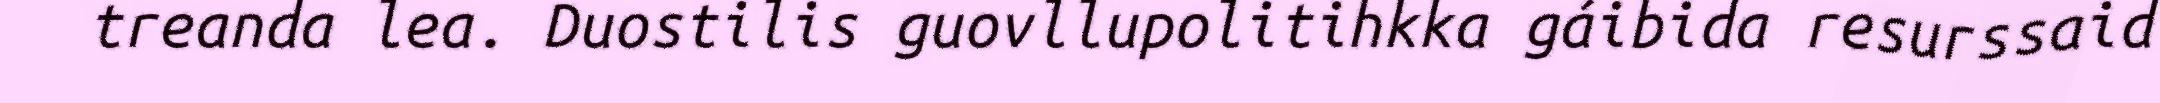
treanda lea. Duostilis guovllupolitihkka gáibida resurssaid